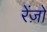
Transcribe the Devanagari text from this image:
रेंज़ो